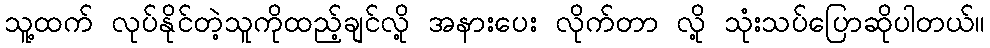
သူ့ထက် လုပ်နိုင်တဲ့သူကိုထည့်ချင်လို့ အနားပေး လိုက်တာ လို့ သုံးသပ်ပြောဆိုပါတယ်။